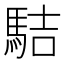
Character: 𩢴